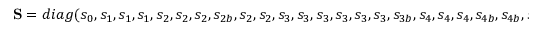
{ \bf { S } } = d i a g ( { s _ { 0 } } , { s _ { 1 } } , { s _ { 1 } } , { s _ { 1 } } , { s _ { 2 } } , { s _ { 2 } } , { s _ { 2 } } , { s _ { 2 b } } , { s _ { 2 } } , { s _ { 2 } } , { s _ { 3 } } , { s _ { 3 } } , { s _ { 3 } } , { s _ { 3 } } , { s _ { 3 } } , { s _ { 3 } } , { s _ { 3 b } } , { s _ { 4 } } , { s _ { 4 } } , { s _ { 4 } } , { s _ { 4 b } } , { s _ { 4 b } } , { s _ { 4 b } } , { s _ { 5 } } , { s _ { 5 } } , { s _ { 5 } } , { s _ { 6 } } ) ,